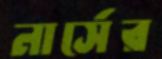
নার্সের